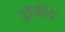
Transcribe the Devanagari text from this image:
तुऍर्कीये